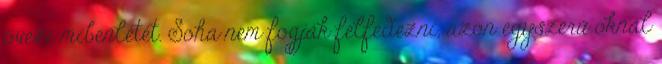
övezi mibenlétét. Soha nem fogják felfedezni, azon egyszerű oknál